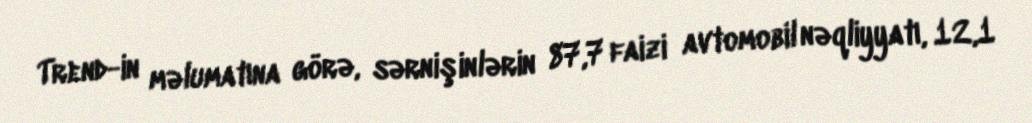
Trend-in məlumatına görə, sərnişinlərin 87,7 faizi avtomobil nəqliyyatı, 12,1